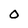
Character: 0